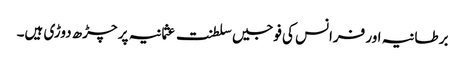
برطانیہ اور فرانس کی فوجیں سلطنت عثمانیہ پر چڑھ دوڑی ہیں۔